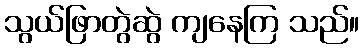
သွယ်ဖြာတွဲဆွဲ ကျနေကြ သည်။